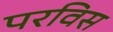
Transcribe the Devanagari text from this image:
परविस